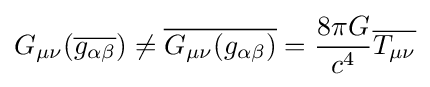
G_{\mu \nu }({\overline {g_{\alpha \beta }}})\neq {\overline {G_{\mu \nu }(g_{\alpha \beta })}}={\frac {8\pi G}{c^{4}}}{\overline {T_{\mu \nu }}}